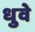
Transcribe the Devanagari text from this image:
धुवे